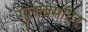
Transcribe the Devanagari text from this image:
गुलाबमंदिर